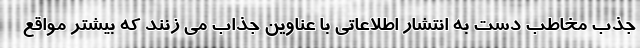
جذب مخاطب دست به انتشار اطلاعاتی با عناوین جذاب می زنند که بیشتر مواقع